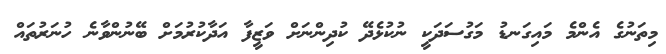
މިތަނުގެ އެންމެ މައިގަނޑު މަގުސަދަކީ ނުކުޅެދޭ ކުދިންނަށް ވަޒީފާ އަދާކުރުމަށް ބޭނުންވާނެ ހުނަރުތައް